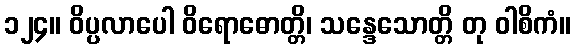
၁၂၄။ ဝိပ္ပလာပေါ ဝိရောဓောတ္တိ၊ သန္ဒေသောတ္တိ တု ဝါစိကံ။